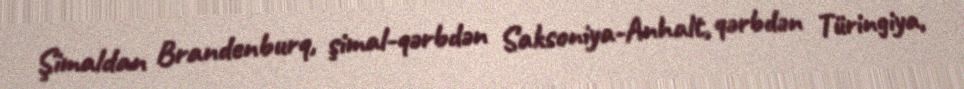
Şimaldan Brandenburq, şimal-qərbdən Saksoniya-Anhalt, qərbdən Türingiya,